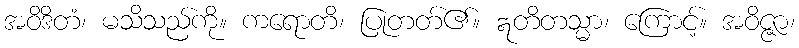
အဝိဒိတံ၊ မသိသည်ကို။ ကရောတိ၊ ပြုတတ်၏။ ဣတိတသ္မာ၊ ကြောင့်။ အဝိဇ္ဇာ၊